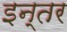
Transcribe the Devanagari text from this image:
इन्तर